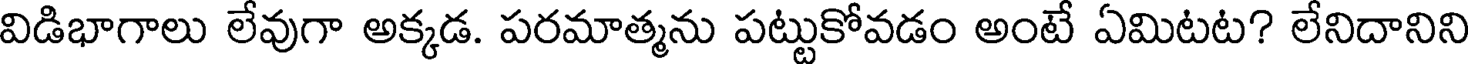
విడిభాగాలు లేవుగా అక్కడ. పరమాత్మను పట్టుకోవడం అంటే ఏమిటట? లేనిదానిని